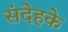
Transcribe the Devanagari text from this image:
संदेहके